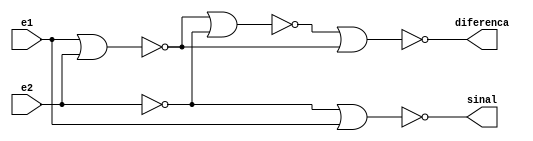
// Nome: Isabella Gonales
// Matrcula: 420120

module metodomeiadiferencanand(diferenca,sinal,e1,e2);
output diferenca,sinal;
input e1,e2;
wire temp1,temp2,temp3,temp4,temp5,temp6,temp7;

nor NOR1 (temp1,e1,e2);
nor NOR2 (temp2,e2,e2);
nor NOR3 (temp3,temp1,temp2);
nor NOR4 (temp4,e1,e2);
nor NOR5 (diferenca,temp3,temp4);
nor NOR6 (temp5,e2,e2);
nor NOR7 (temp6,e1,e1);
nor NOR8 (temp7,temp6,temp6);
nor NOR9 (sinal,temp5,temp7);


endmodule


module metodosomacompletanand(diferenca,sinal,e1,e2,e3);

output diferenca,sinal;
input e1,e2,e3;
wire temp1,temp2,temp3;

metodomeiadiferencanand DIFERENCANOR1 (temp1,temp2,e1,e2);
metodomeiadiferencanand DIFERENCANOR2 (diferenca,temp3,temp1,e3);
nor NOR1 (temp4,temp2,temp3);
nor NOR2 (sinal,temp4,temp4);


endmodule



module metododiferencacompleta3bits(diferenca,sinal,e1,e2);

output [2:0]diferenca;
output sinal;
input [2:0]e1,e2;
wire sinal1,sinal2;

metodomeiadiferencanand MEIADIFERENCA1 (diferenca[0],sinal1,e1[0],e2[0]);
metodosomacompletanand DIFERENCACOMPLETA2 (diferenca[1],sinal2,e1[1],e2[1],sinal1);
metodosomacompletanand DIFERENCACOMPLETA3 (diferenca[2],sinal,e1[2],e2[2],sinal2);


endmodule

module testsubtrator3bits;
reg [2:0]e1,e2;
wire [2:0]diferenca;
wire sinal;
integer i,j;


metododiferencacompleta3bits SOMACOMPLETA1 (diferenca,sinal,e1,e2);

initial begin: start
		e1=0; e2=0;
end


	initial begin:main

		$display("Circuito Diferenca Completa com 3 bits ");
		#1 $display(" e1 -     e2 = sinal  diferenca ");
		#1 $monitor(" %3b - %3b =   %b    %3b", e1,e2,sinal,diferenca);

		for( i=0; i<=7; i = i+1 )
		begin
			e1 = i;
			for ( j=0; j<=7; j = j+1 )
			begin
				#1 e2 = j;
			end
		end

	end

endmodule


/* Registrano os resultados

   
    Circuito Diferenca Completa com 3 bits 
     e1 -     e2 = sinal  diferenca 
     000 - 000 =   0    000
     000 - 001 =   1    000
     000 - 010 =   1    000
     000 - 011 =   1    000
     000 - 100 =   1    000
     000 - 101 =   1    000
     000 - 110 =   1    000
     001 - 111 =   1    000
     001 - 000 =   0    001
     001 - 001 =   0    000
     001 - 010 =   1    001
     001 - 011 =   1    000
     001 - 100 =   1    001
     001 - 101 =   1    000
     001 - 110 =   1    001
     010 - 111 =   1    000
     010 - 000 =   0    010
     010 - 001 =   0    000
     010 - 010 =   0    000
     010 - 011 =   1    000
     010 - 100 =   1    010
     010 - 101 =   1    000
     010 - 110 =   1    000
     011 - 111 =   1    000
     011 - 000 =   0    011
     011 - 001 =   0    010
     011 - 010 =   0    001
     011 - 011 =   0    000
     011 - 100 =   1    011
     011 - 101 =   1    010
     011 - 110 =   1    001
     100 - 111 =   1    000
     100 - 000 =   0    100
     100 - 001 =   0    000
     100 - 010 =   0    000
     100 - 011 =   0    000
     100 - 100 =   0    000
     100 - 101 =   1    000
     100 - 110 =   1    000
     101 - 111 =   1    000
     101 - 000 =   0    101
     101 - 001 =   0    100
     101 - 010 =   0    001
     101 - 011 =   0    000
     101 - 100 =   0    001
     101 - 101 =   0    000
     101 - 110 =   1    001
     110 - 111 =   1    000
     110 - 000 =   0    110
     110 - 001 =   0    100
     110 - 010 =   0    100
     110 - 011 =   0    000
     110 - 100 =   0    010
     110 - 101 =   0    000
     110 - 110 =   0    000
     111 - 111 =   0    000
     111 - 000 =   0    111
     111 - 001 =   0    110
     111 - 010 =   0    101
     111 - 011 =   0    100
     111 - 100 =   0    011
     111 - 101 =   0    010
     111 - 110 =   0    001
     111 - 111 =   0    000
    
     ----jGRASP: operation complete.
    
*/